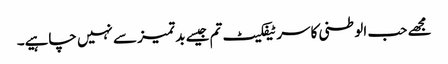
مجھے حب الوطنی کا سرٹیفکیٹ تم جیسے بد تمیز سے نہیں چاہیے۔